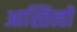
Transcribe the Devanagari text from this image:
आस्तित्वों